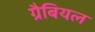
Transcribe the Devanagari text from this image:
ग्रैबियल